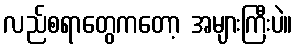
လည်စရာတွေကတော့ အများကြီးပဲ။